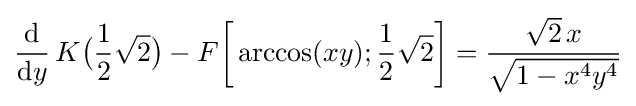
{\frac {\mathrm {d} }{\mathrm {d} y}}\,K{\bigl (}{\frac {1}{2}}{\sqrt {2}}{\bigr )}-F{\biggl [}\arccos(xy);{\frac {1}{2}}{\sqrt {2}}{\biggr ]}={\frac {{\sqrt {2}}\,x}{\sqrt {1-x^{4}y^{4}}}}